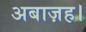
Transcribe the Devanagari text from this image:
अबाज़ह।